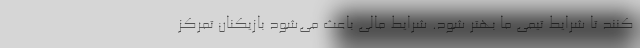
کنند تا شرایط تیمی ما بهتر شود. شرایط مالی باعث می‌شود بازیکنان تمرکز